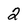
Character: 2